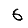
Digit: 6